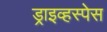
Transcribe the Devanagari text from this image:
ड्राइव्हस्पेस